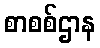
စာစစ်ဌာန